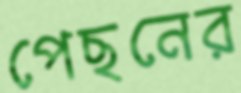
পেছনের